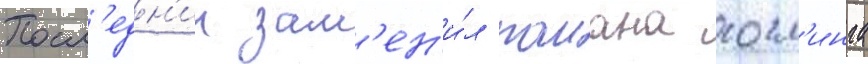
Посл'едн'ии зам'ен'и́л раиана госл'инга